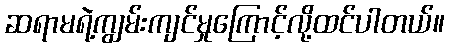
ဆရာမရဲ့ကျွမ်းကျင်မှုကြောင့်လို့ထင်ပါတယ်။